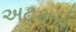
અટકતો